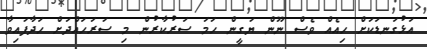
އަޅުގަނޑަކަށް ހިއެއް ވެސް ނޫން ޔަގީން ހަމަ ސަރުކާރުން މި ސަރަހައްދަށް ހަދާފައިވާ